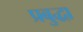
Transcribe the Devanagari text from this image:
प्रबुद्धा